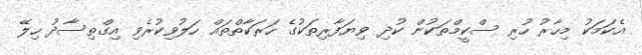
އެކަމަކު މިހާރު ހުރި ސްކީމްތަކުން ކުދި ވިޔަފާރިތަކުގެ ހަރަކާތްތައް ހަލުވިކުރެވި އިގްތިސާދު ހިލޭ